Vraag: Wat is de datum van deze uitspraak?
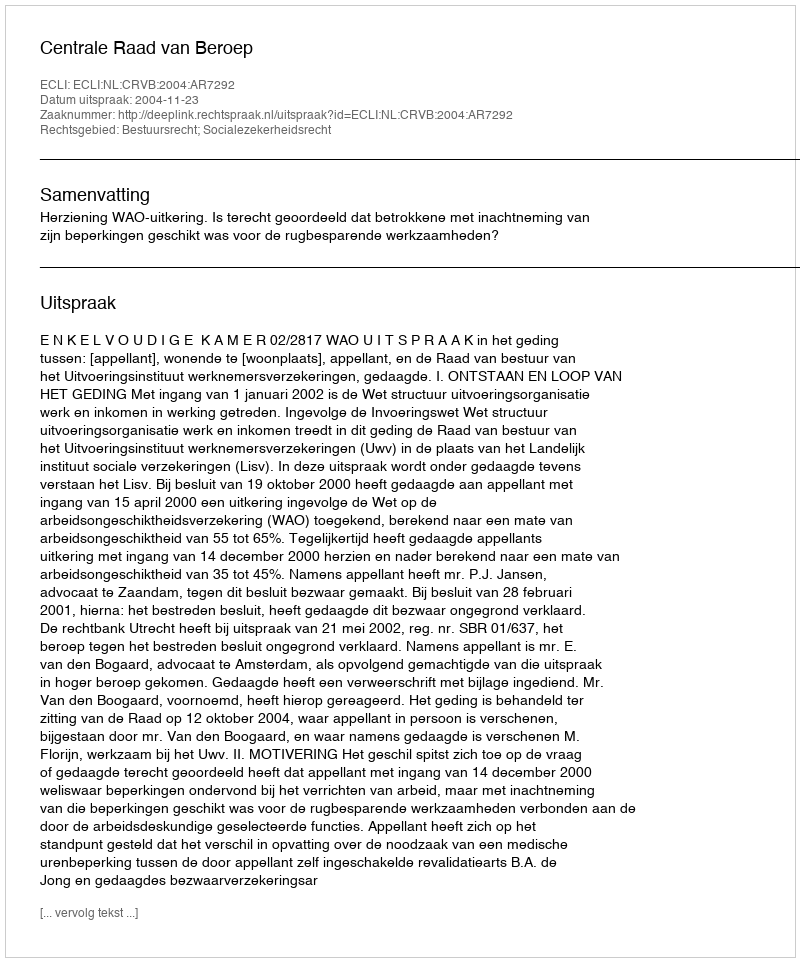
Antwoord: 2004-11-23